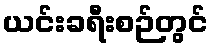
ယင်းခရီးစဉ်တွင်